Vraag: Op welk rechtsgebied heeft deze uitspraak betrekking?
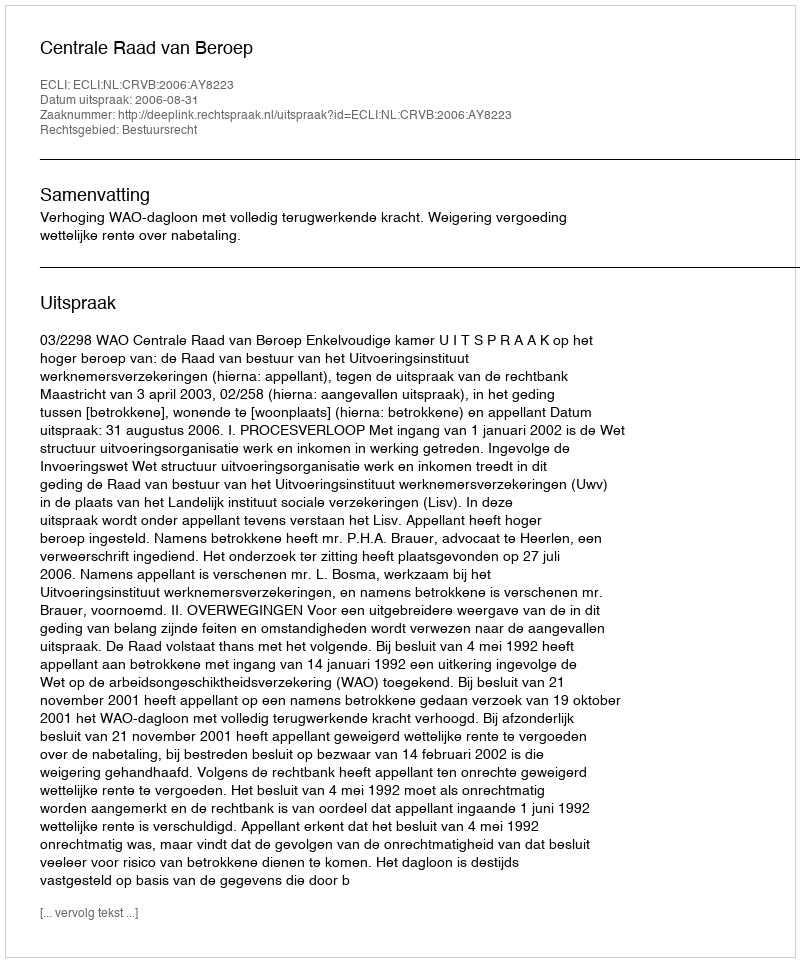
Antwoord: Bestuursrecht